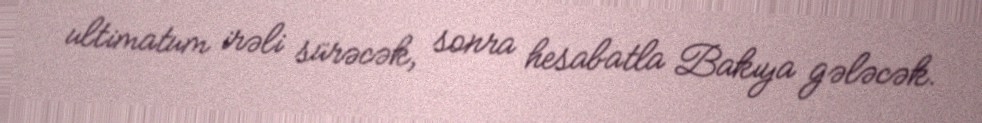
ultimatum irəli sürəcək, sonra hesabatla Bakıya gələcək.